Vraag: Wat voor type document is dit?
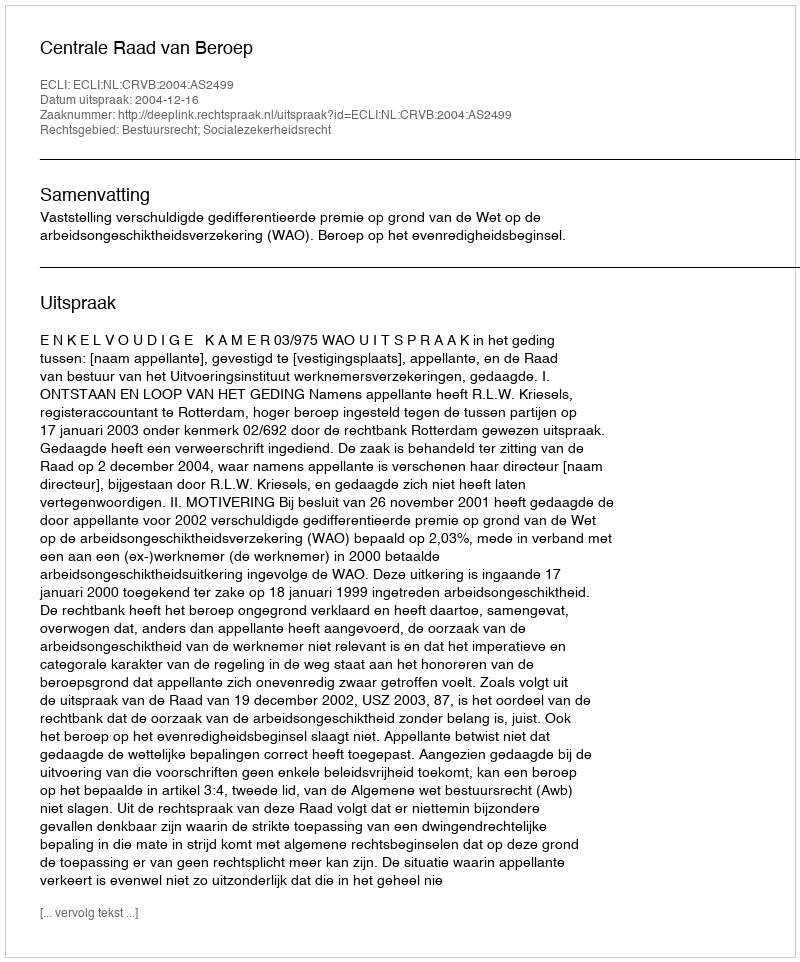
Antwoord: Uitspraak